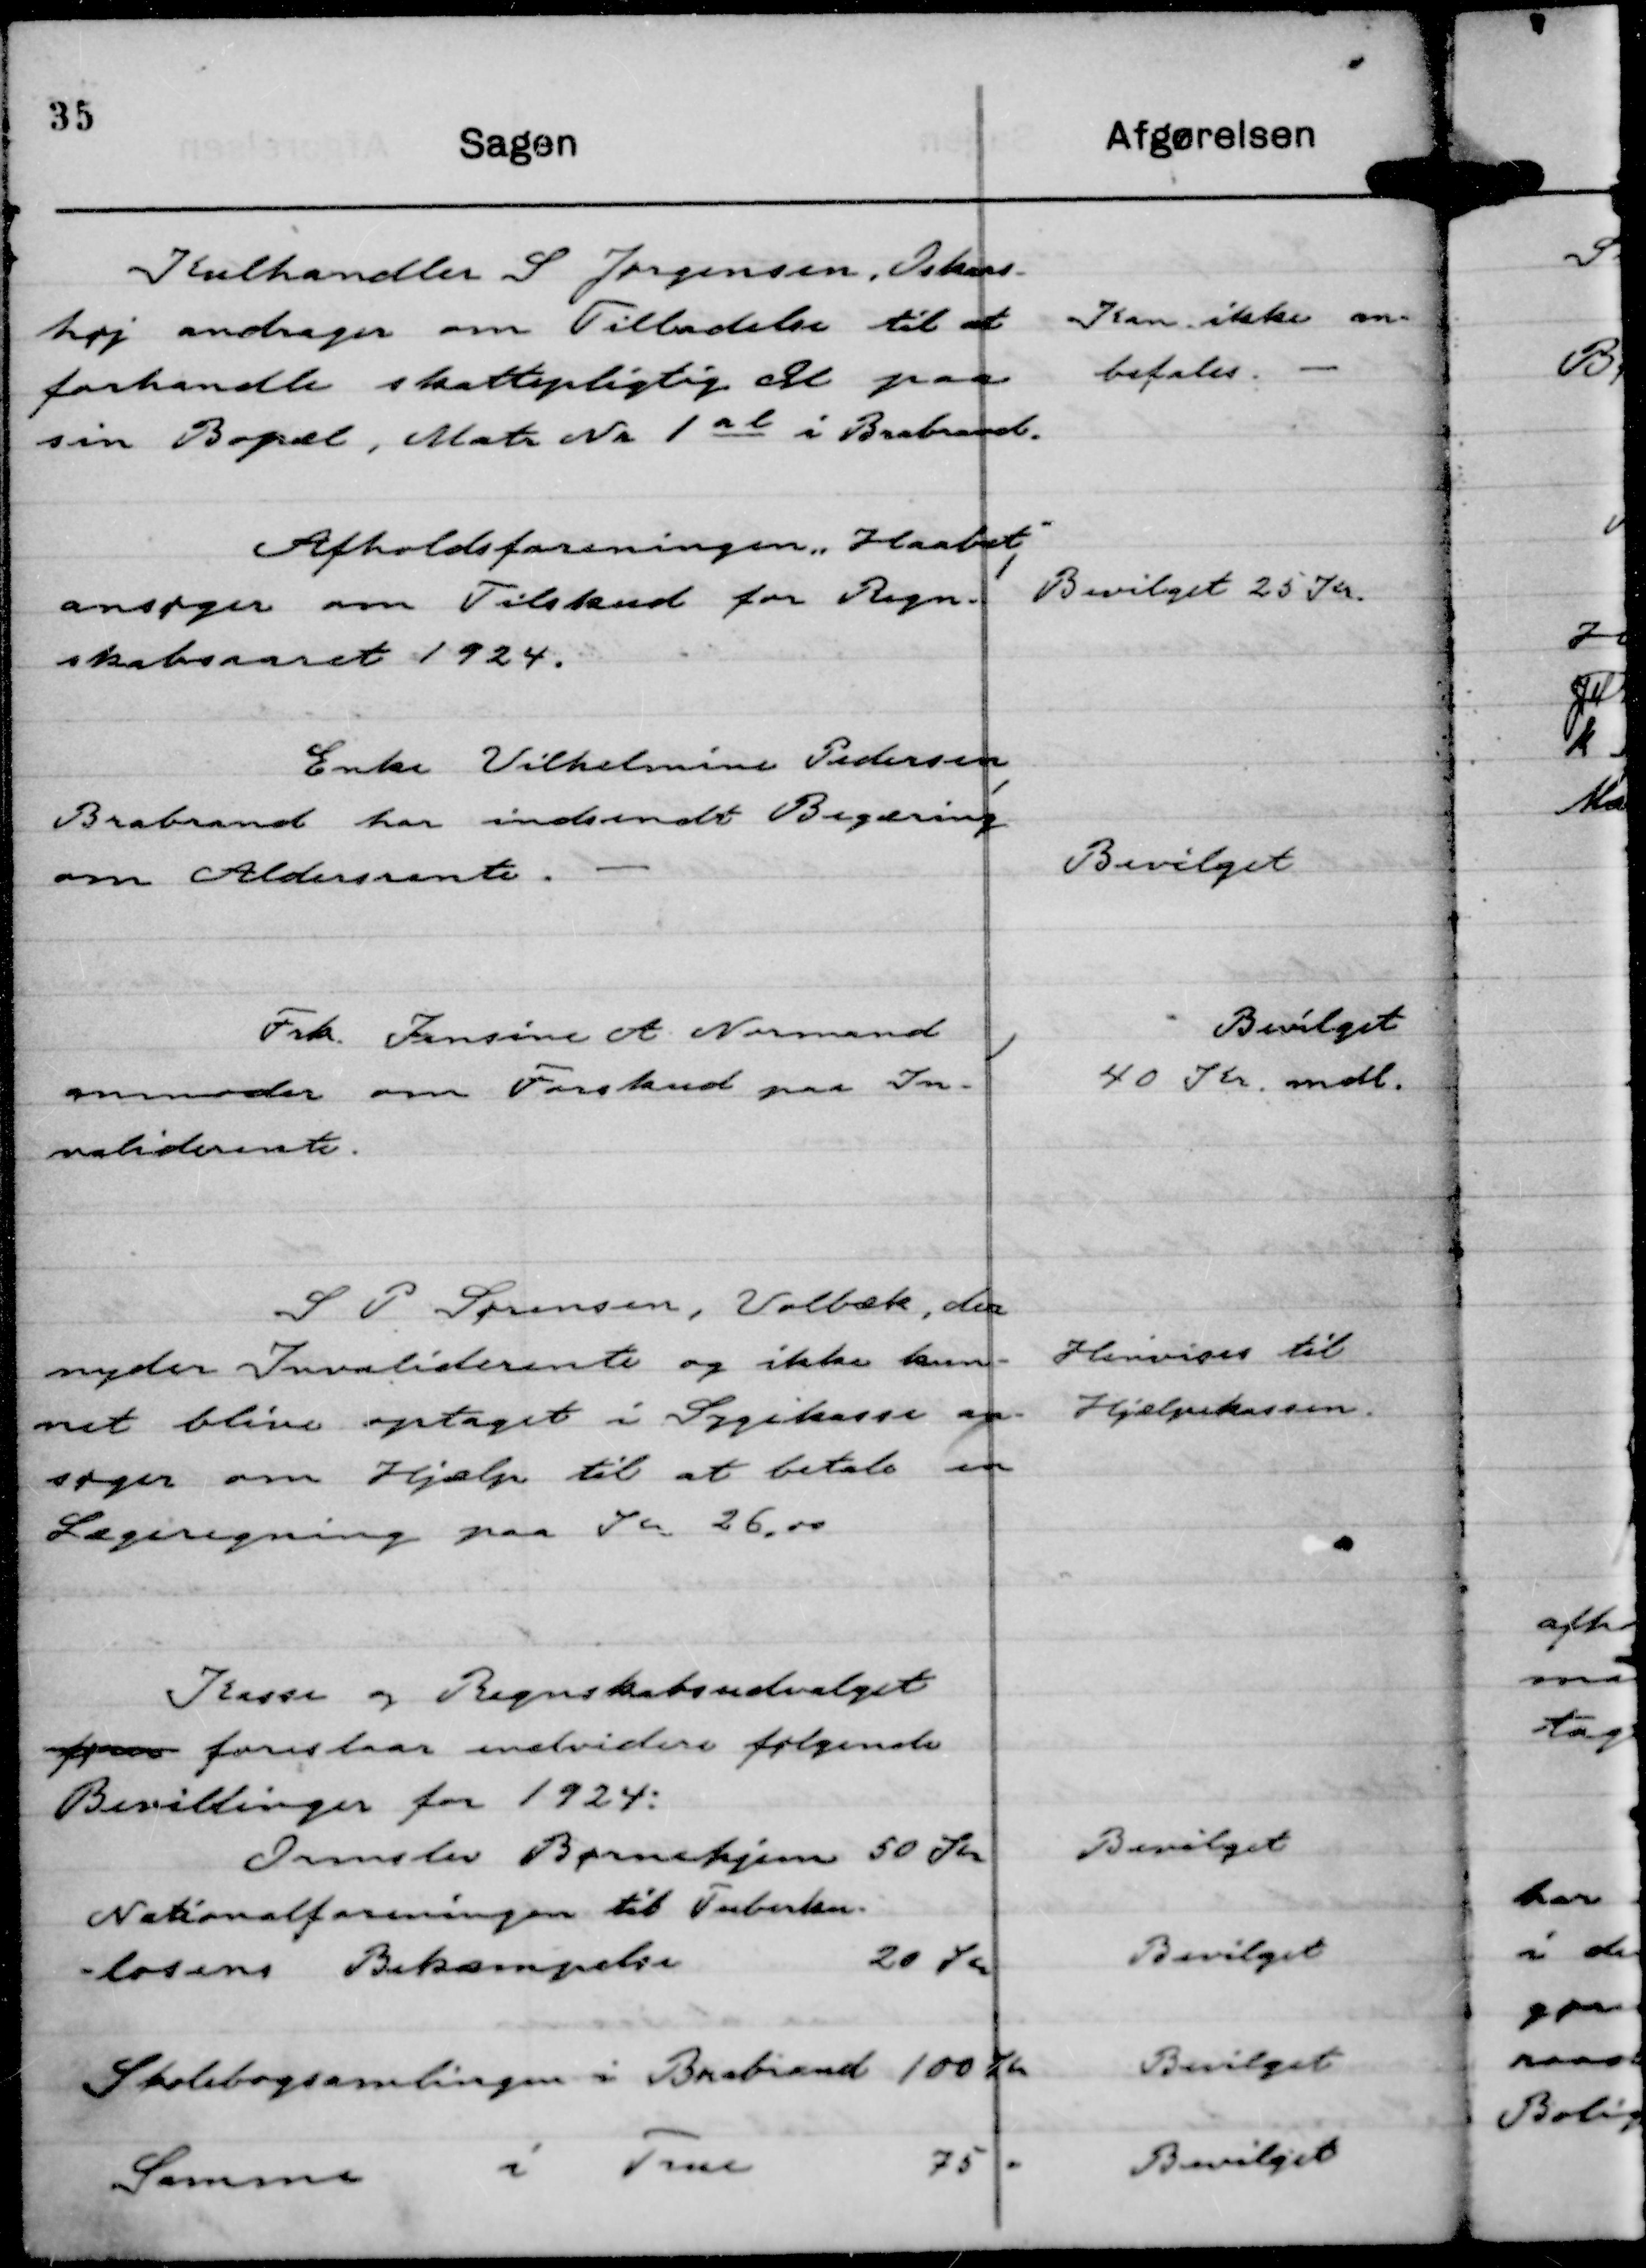
Transskription:
Kulhandler S Jørgensen, Oskars-
høj andrager om Tilladelse til at
forhandle skattepligtig Øl paa
sin Bopæl, Matr Nr 1 ab i Brabrand.

Kan ikke an-
befales.

Afholdsforeningen "Haabet,"
ansøger om Tilstand for Regn-
skabsaaret 1924.

Bevilget 25 Kr.

Enke Vilhelmine Pedersen,
Brabrand har indsendt Begæring
om Aldersrente.

Bevilget

Frk Jensine A Normand
anmoder om Forskud paa In-
validerente.

Bevilget
40 Kr. mdl.

S P Sørensen, Volbæk,  der
nyder Invaliderente og ikke kun-
net blive optaget i Sygekasse an-
søger om Hjælp til at betale en
Lægeregning paa Kr 26,00

Henvises til
Hjælpekassen.